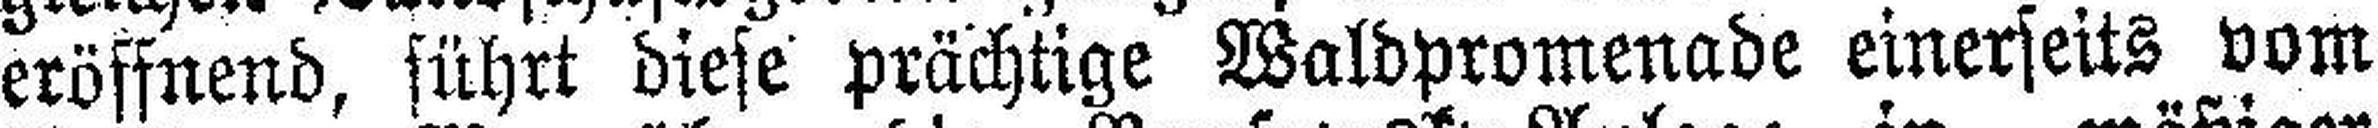
eröffnend, führt diese prächtige Waldpromenade einerseits vom